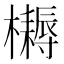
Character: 𣟪